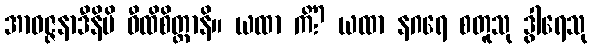
အာဝဇ္ဇနာဒီနိပိ ဝီထိစိတ္တာနိ။ ယထာ ကိံ? ယထာ နဂရေ စတူသု ဒွါရေသု